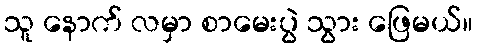
သူ နောက် လမှာ စာမေးပွဲ သွား ဖြေမယ်။